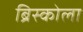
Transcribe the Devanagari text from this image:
ब्रिस्कोला